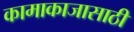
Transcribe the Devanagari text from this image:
कामाकाजासाठी